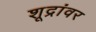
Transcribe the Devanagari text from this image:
शूद्रांवर